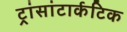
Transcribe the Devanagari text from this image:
ट्रांसांटार्कटिक